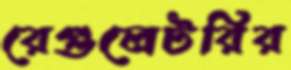
রেগুলেটরির